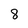
Character: 8